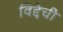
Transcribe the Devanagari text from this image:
विद्देची